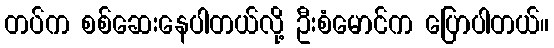
တပ်က စစ်ဆေးနေပါတယ်လို့ ဦးစံမောင်က ပြောပါတယ်။